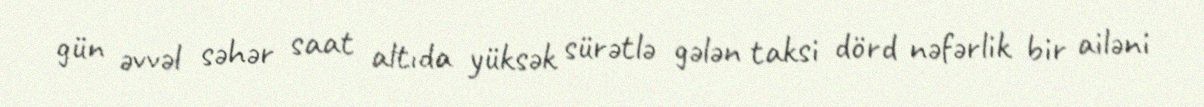
gün əvvəl səhər saat altıda yüksək sürətlə gələn taksi dörd nəfərlik bir ailəni